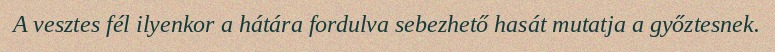
A vesztes fél ilyenkor a hátára fordulva sebezhető hasát mutatja a győztesnek.